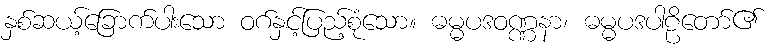
နှစ်ဆယ့်ခြောက်ပါးသော ဝဂ်နှင့်ပြည့်စုံသော။ ဓမ္မပဒဝဏ္ဏနာ၊ ဓမ္မပဒပါဠိတော်၏